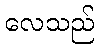
လေသည်